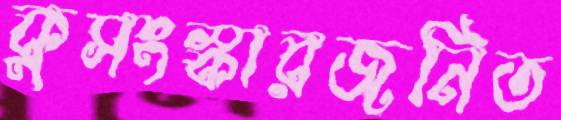
কুসংস্কারজনিত